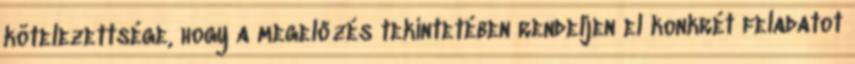
kötelezettsége, hogy a megelőzés tekintetében rendeljen el konkrét feladatot